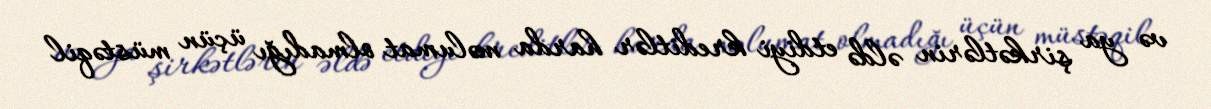
və ya şirkətlərin əldə etdiyi kreditlər harda məlumat olmadığı üçün müstəqil